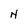
Character: N